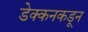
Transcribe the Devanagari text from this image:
डेक्कनकडून